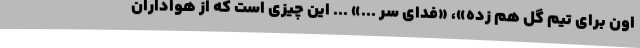
اون برای تیم گل هم زده»، «فدای سر ...» ... این چیزی است که از هواداران